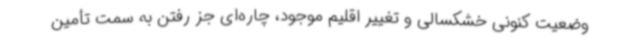
وضعیت کنونی خشکسالی و تغییر اقلیم موجود، چاره‌ای جز رفتن به سمت تأمین